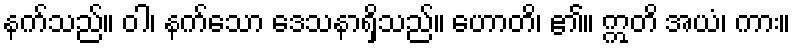
နက်သည်။ ဝါ၊ နက်သော ဒေသနာရှိသည်။ ဟောတိ၊ ၏။ ဣတိ အယံ၊ ကား။